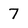
Character: 7